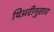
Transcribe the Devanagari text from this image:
थिअरीनुसार